Annual report of the Prince of Wales Medical College, Patna
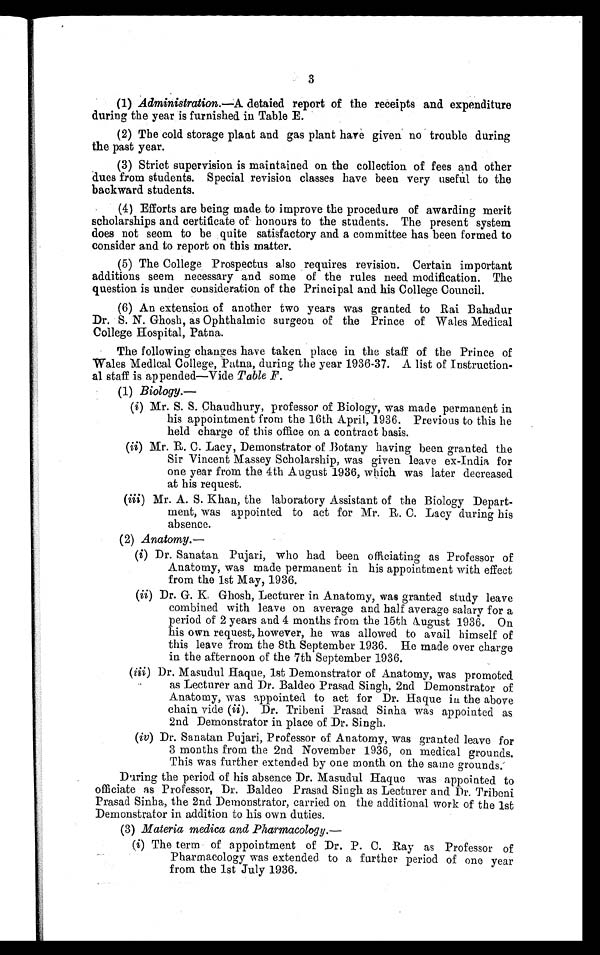
3
(1) Administration.—A detaied report of the receipts and expenditure
during the year is furnished in Table E.
(2) The cold storage plant and gas plant have given no trouble during
the past year.
(3)
Strict supervision is maintained on the collection of fees and other
dues from students. Special revision classes have been very useful to the
backward students.
(4) Efforts are being made to improve the procedure of awarding merit
scholarships and certificate of honours to the students. The present system
does not seem to be quite satisfactory and a committee has been formed to
consider and to report on this matter.
(5) The College Prospectus also requires revision. Certain important
additions seem necessary and some of the rules need modification. The
question is under consideration of the Principal and his College Council.
(6) An extension of another two years was granted to Rai Bahadur
Dr. S. N. Ghosh, as Ophthalmic surgeon of the Prince of Wales Medical
College Hospital, Patna.
The following changes have taken place in the staff of the Prince of
Wales Medical College, Patna, during the year 1936-37. A list of Instruction-
al staff is appended—Vide Table F.
(1) Biology.—
(i) Mr. S. S. Chaudhury, professor of Biology, was made permanent in
his appointment from the 16th April, 1936. Previous to this he
held charge of this office on a contract basis.
(ii) Mr. R. C. Lacy, Demonstrator of Botany having been granted the
Sir Vincent Massey Scholarship, was given leave ex-India for
one year from the 4th August 1936, which was later decreased
at his request.
(iii) Mr. A. S. Khan, the laboratory Assistant of the Biology Depart-
ment, was appointed to act for Mr. R. C. Lacy during his
absence.
(2) Anatomy.—
(i) Dr. Sanatan Pujari, who had been officiating as Professor of
Anatomy, was made permanent in his appointment with effect
from the 1st May, 1936.
(ii) Dr. G. K. Ghosh, Lecturer in Anatomy, was granted study leave
combined with leave on average and half average salary for a
period of 2 years and 4 months from the 15th August 1936. On
his own request, however, he was allowed to avail himself of
this leave from the 8th September 1936. He made over charge
in the afternoon of the 7th September 1936.
(iii) Dr. Masudul Haque, 1st Demonstrator of Anatomy, was promoted
as Lecturer and Dr. Baldeo Prasad Singh, 2nd Demonstrator of
Anatomy, was appointed to act for Dr. Haque in the above
chain vide (ii). Dr. Tribeni Prayed Sinha was appointed as
2nd Demonstrator in place of Dr. Singh.
(iv) Dr. Sanatan Pujari, Professor of Anatomy, was granted leave for
3 months from the 2nd November 1936, on medical grounds.
This was further extended by one month on the same grounds.
During the period of his absence Dr. Masudul Haque was appointed to
officiate as Professor, Dr. Baldeo Prasad Singh as Lecturer and Dr. Tribeni
Prasad Sinha, the 2nd Demonstrator, carried on the additional work of the 1st
Demonstrator in addition to his own duties.
(3) Materia medica and Pharmacology.—
(i) The term of appointment of Dr. P. C. Ray as Professor of
Pharmacology was extended to a further period of one year
from the 1st July 1936.